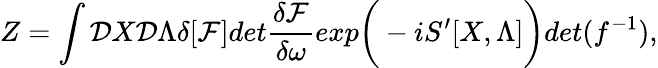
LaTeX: Z=\int{\cal D}X{\cal D}\Lambda\delta[{\cal F}]det{\frac{\delta{\cal F}}{\delta\omega}}exp\bigg(-iS^{\prime}[X,\Lambda]\bigg)det(f^{-1}),